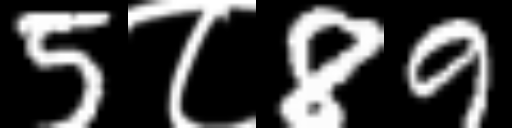
Text: 5८89